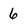
Character: 6